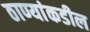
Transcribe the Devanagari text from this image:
ठाण्यांकडील